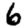
Digit: 6